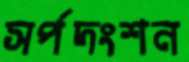
সর্পদংশন